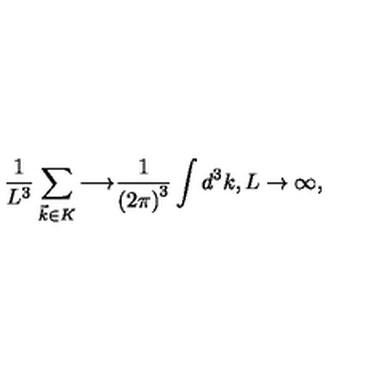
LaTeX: { \frac { 1 } { L ^ { 3 } } } \sum _ { \vec { k } \in K } { \longrightarrow } { \frac { 1 } { { ( 2 \pi ) } ^ { 3 } } } \int d ^ { 3 } k , { L \rightarrow \infty } ,